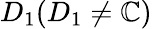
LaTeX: D_{1}(D_{1}\neq\mathbb{C})